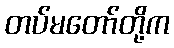
တပ်မတော်တို့က